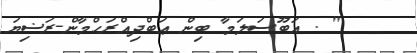
" . އަބޫސަލަމާ ބިން ޢަބްދިއްރަޙްމާން-ރަޟިޔަ